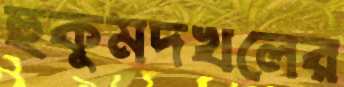
হুকুমদখলের